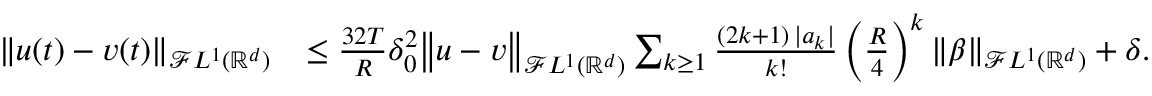
\begin{array} { r l } { \left\| u ( t ) - v ( t ) \right\| _ { \mathcal { F } L ^ { 1 } ( { \mathbb { R } } ^ { d } ) } } & { \le \frac { 3 2 T } { R } \delta _ { 0 } ^ { 2 } \big \Vert u - v \big \Vert _ { \mathcal { F } L ^ { 1 } ( { \mathbb { R } } ^ { d } ) } \sum _ { k \ge 1 } \frac { ( 2 k + 1 ) \, | a _ { k } | } { k ! } \left( \frac { R } { 4 } \right) ^ { k } \left\| \beta \right\| _ { \mathcal { F } L ^ { 1 } ( { \mathbb { R } } ^ { d } ) } + \delta . } \end{array}